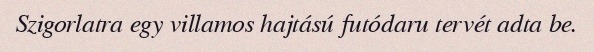
Szigorlatra egy villamos hajtású futódaru tervét adta be.